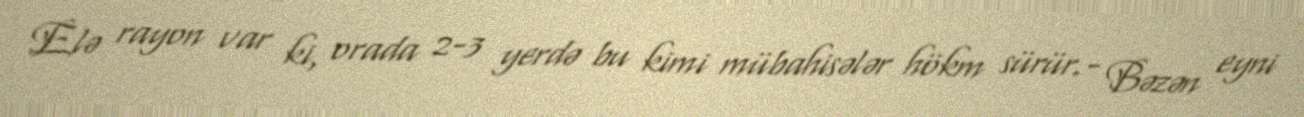
Elə rayon var ki, orada 2-3 yerdə bu kimi mübahisələr hökm sürür.- Bəzən eyni